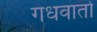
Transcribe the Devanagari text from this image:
गंधवार्ता